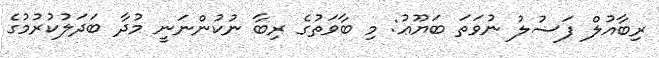
ރިބާއުލް ފަޟުލު ނުވަތަ ބަޔޫޢު: މި ބާވަތުގެ ރިބާ ނުކުންނަނީ މުދާ ބަދަލުކުރުމުގެ